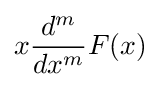
x{\frac {d^{m}}{dx^{m}}}F(x)